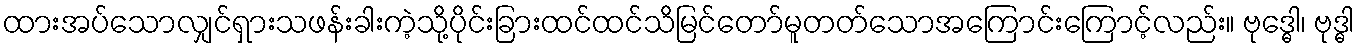
ထားအပ်သောလျှင်ရှားသဖန်းခါးကဲ့သို့ပိုင်းခြားထင်ထင်သိမြင်တော်မူတတ်သောအကြောင်းကြောင့်လည်း။ ဗုဒ္ဓေါ၊ ဗုဒ္ဓါ